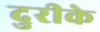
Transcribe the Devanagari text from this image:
दुरीके